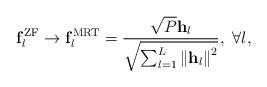
LaTeX: \begin{align*} {\bf{f}}_l^{{\rm{ZF}}} \to {\bf{f}}_{l}^{{\rm{MRT}}} = \frac{{\sqrt P {{\bf{h}}_l}}}{{\sqrt {\sum\nolimits_{l = 1}^L {{{\left\| {{{\bf{h}}_l}} \right\|}^2}} } }}, \ \forall l, \end{align*}